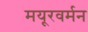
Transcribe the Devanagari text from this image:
मयूरवर्मन